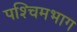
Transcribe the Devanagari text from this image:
पश्‍चिमभाग